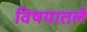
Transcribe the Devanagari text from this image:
विषयातले